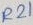
Text: R21